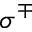
\sigma ^ { \mp }